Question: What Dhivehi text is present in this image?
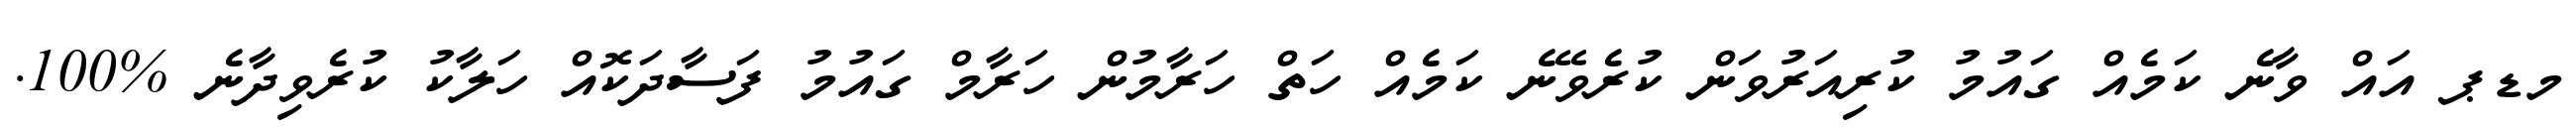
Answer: މޑޕ އައް ވާނެ ކަމެއް ގައުމު ކުރިއަރުވަން ކުރެވޭނެ ކަމެއް ހަތް ހަރާމުން ހަރާމް ގައުމު ފަސާދަކޮއް ހަލާކު ކުރެވިދާނެ %100.